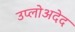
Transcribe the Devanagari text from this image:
उप्लोअदेद